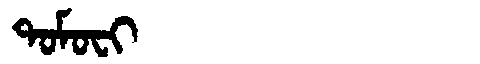
Manchu: ᡨᠣᠮᠣᠸᡳ
Romanization: TOMOFI